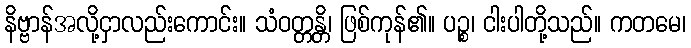
နိဗ္ဗာန်အလို့ငှာလည်းကောင်း။ သံဝတ္တန္တိ၊ ဖြစ်ကုန်၏။ ပဉ္စ၊ ငါးပါတို့သည်။ ကတမေ၊